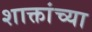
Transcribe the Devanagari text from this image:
शाक्तांच्या